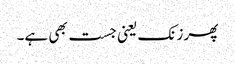
پھر زنک یعنی جست بھی ہے۔